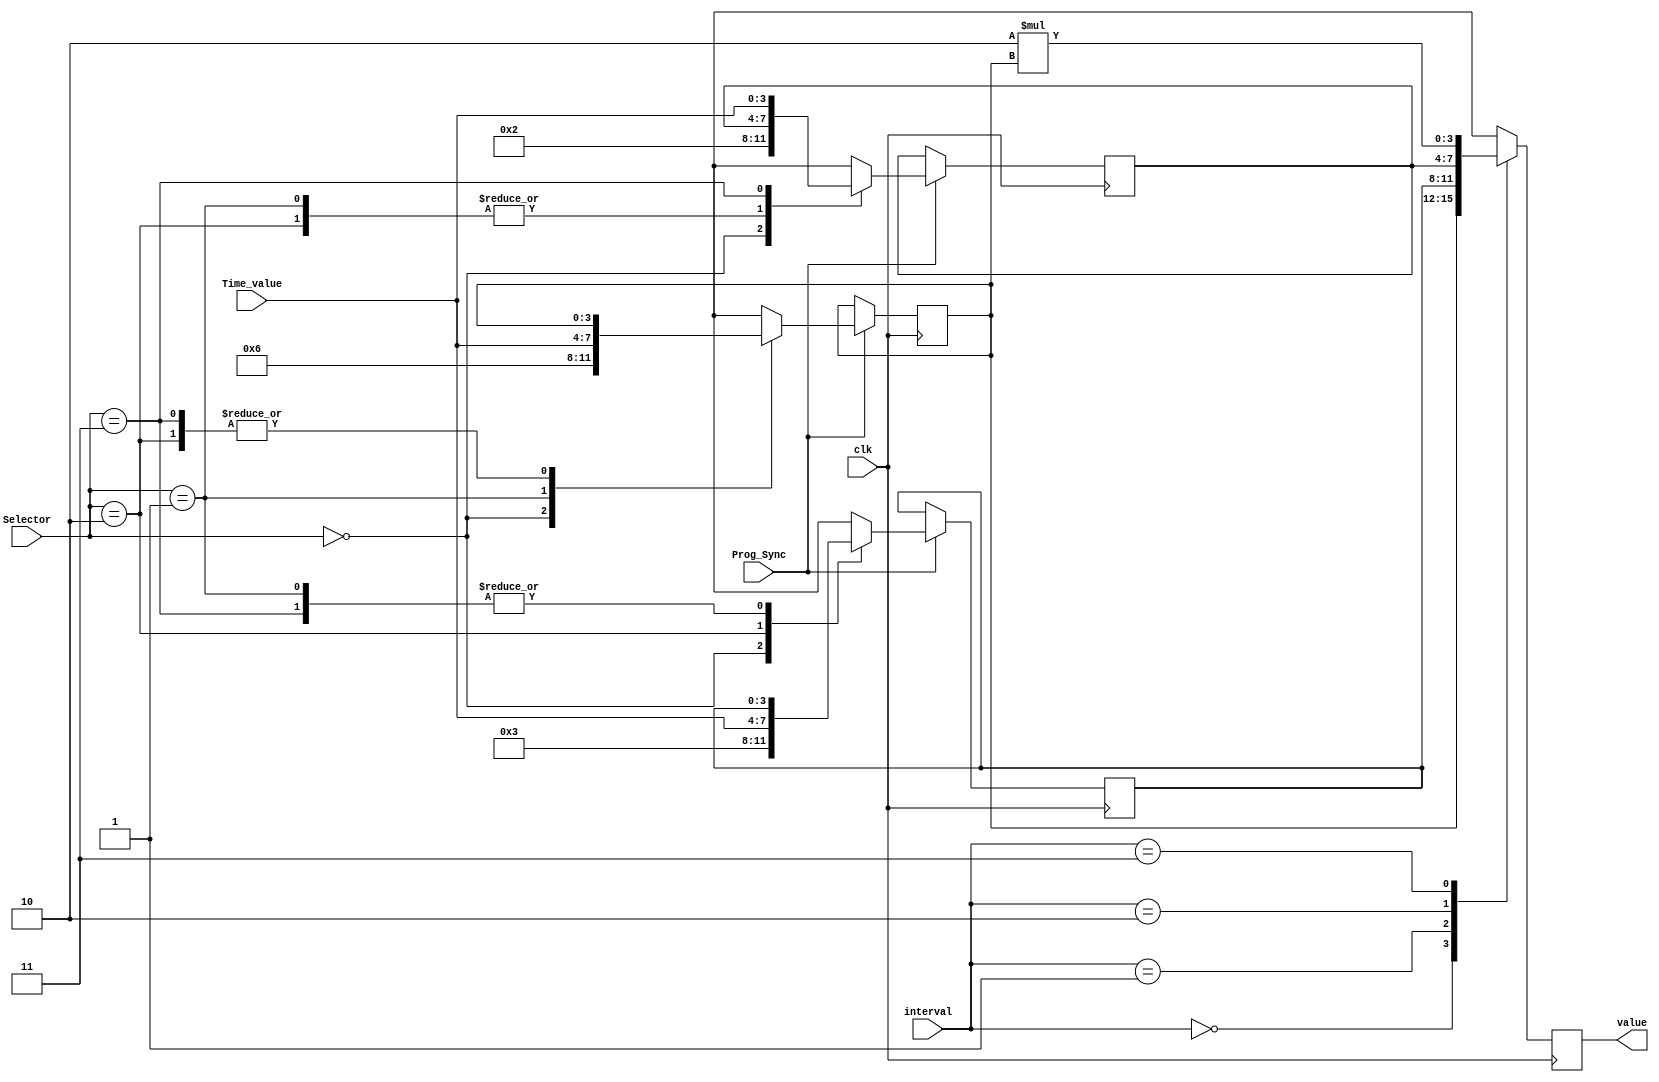
module TimeParameter(
    input [1:0] Selector,
    input [3:0] Time_value,
    input Prog_Sync,
	 input [1:0] interval,
	 input clk,
    output reg [3:0] value
    );
	 
	 reg[3:0] tb = 4'b0110, // interval value = 00
				 te = 4'b0011, // interval value = 01
				 ty = 4'b0010; // interval value = 10
	     
						 
	always@(posedge clk) begin
	
	case (interval)
		
		2'b00: value = tb;
		2'b01: value = te;
		2'b10: value = ty;
		2'b11: value = 2*tb;
	
	endcase
	// Times resets when the selector input is 00. Otherwise the values 
	// on the time_value input are assigned to the tb, te, ty respectively.
	// Since register stores the values selected values will be saved untill selector becomes 00.
	if (Prog_Sync) begin
		case (Selector) 
			2'b00: begin
						tb = 4'b0110; // interval value = 00
						te = 4'b0011; // interval value = 01
						ty = 4'b0010; // interval value = 10
					 end
			2'b01: tb = Time_value;
			2'b10: te = Time_value;
			2'b11: ty = Time_value;
		endcase
	end
		
	end

	

endmodule